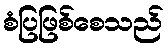
စံပြဖြစ်စေသည်